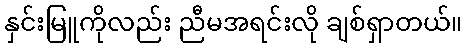
နှင်းမြူကိုလည်း ညီမအရင်းလို ချစ်ရှာတယ်။